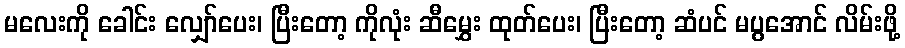
မလေးကို ခေါင်း လျှော်ပေး၊ ပြီးတော့ ကိုလုံး ဆီမွှေး ထုတ်ပေး၊ ပြီးတော့ ဆံပင် မပွအောင် လိမ်းဖို့